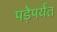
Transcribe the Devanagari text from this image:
पड़ेपर्यंत